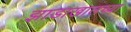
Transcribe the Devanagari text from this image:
झाडाखालच्या